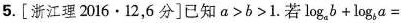
5.[浙江理2016·12，6分]已知$$a>b>1$$.若 $$\log _{a}b+ \log _{b}a=$$